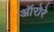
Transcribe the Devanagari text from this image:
ऑरोरे